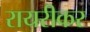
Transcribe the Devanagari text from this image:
रायरीकर